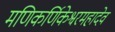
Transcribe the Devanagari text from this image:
मणिकर्णिकेश्वरमहादेव